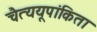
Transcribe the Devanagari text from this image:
चैत्ययूपांकिता